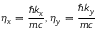
\eta _ { x } = \frac { \hbar k _ { x } } { m c } , \eta _ { y } = \frac { \hbar k _ { y } } { m c }